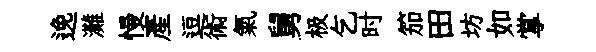
𨓜灘慢産逗術氣舅极乞时笳田坊如掌